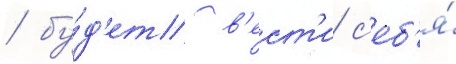
/ бу́д'ет в'ест'и с'еб'я́